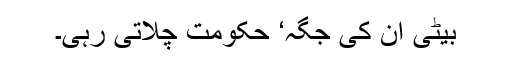
بیٹی ان کی جگہ‘ حکومت چلاتی رہی۔